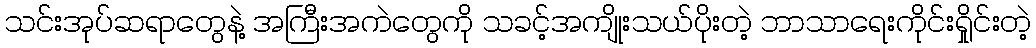
သင်းအုပ်ဆရာတွေနဲ့ အကြီးအကဲတွေကို သခင့်အကျိုးသယ်ပိုးတဲ့ ဘာသာရေးကိုင်းရှိုင်းတဲ့